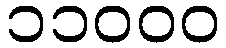
၁၁၀၀၀